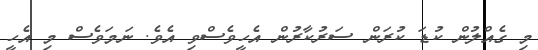
މި ގެއްލުން ކުޑަ ކުރަން ސަރުކާރުން އެހީވެސްވި އެވެ. ނަމަވެސް މި އެހީ